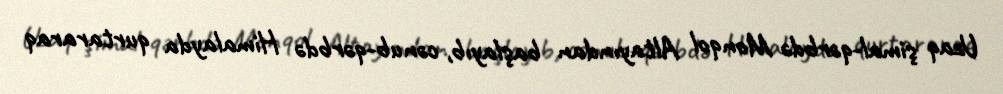
Uzaq şimal-qərbdə Monqol Altayından başlayıb, cənub-qərbdə Himalayda qurtararaq